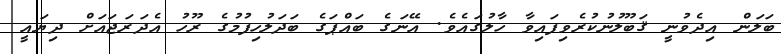
ބަލަން އިދެވުނީ ޤަބޫލުނުކުރެވިފައިވާ ހާލުގައެވެ. އޭނަގެ ބައްޕަގެ ބަދަލުހިފުމުގެ ރޫހު އެދަރަޖައަށް ދިޔައީ